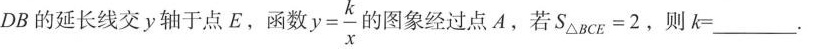
DB的延长线交y轴于点E，函数 $$y = \frac{ k }{ x }$$ 灼图象经过点A，若$$S_{ △ B C E } = 2$$，则$$k = ___$$.